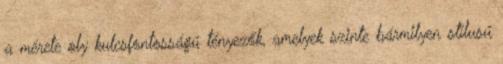
a mérete oly kulcsfontosságú tényezők, amelyek szinte bármilyen stílusú